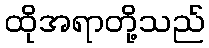
ထိုအရာတို့သည်